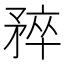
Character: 𬑮